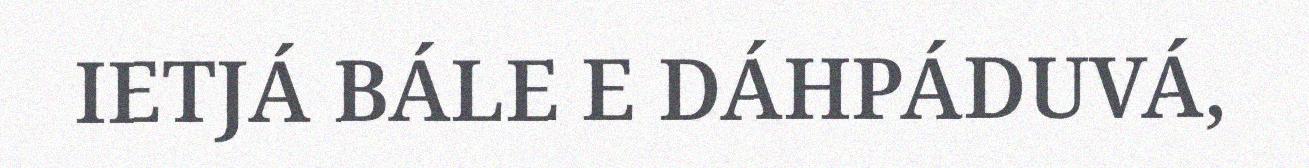
IETJÁ BÁLE E DÁHPÁDUVÁ,